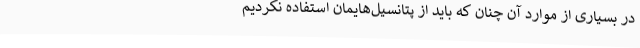
در بسیاری از موارد آن چنان که باید از پتانسیل‌هایمان استفاده نکردیم